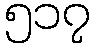
၅၁၇